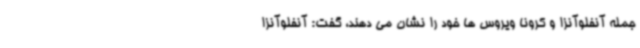
جمله آنفلوآنزا و کرونا ویروس ها خود را نشان می دهند، گفت: آنفلوآنزا